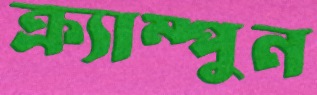
ক্র্যাম্পুন